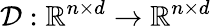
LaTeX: \mathcal{D}:\mathbb{R}^{n\times d}\rightarrow\mathbb{R}^{n\times d}